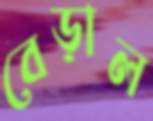
বেড়াল